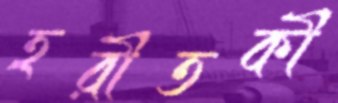
হরীতকী